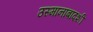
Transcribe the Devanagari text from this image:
उस्मानाबादशी